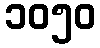
၁၀၅၀